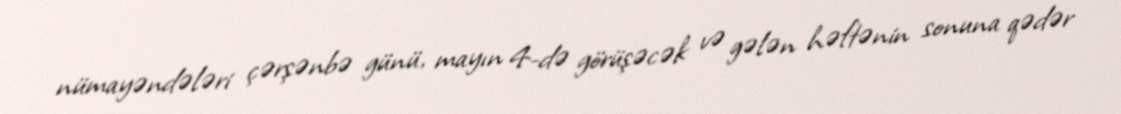
nümayəndələri çərşənbə günü, mayın 4-də görüşəcək və gələn həftənin sonuna qədər